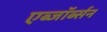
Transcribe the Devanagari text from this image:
एब्जॉर्ब्सन